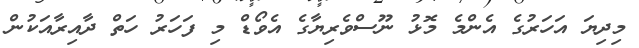
މިދިޔަ އަހަރުގެ އެންމެ މޮޅު ނޫސްވެރިޔާގެ އެވޯޑް މި ފަހަރު ހަތް ދާއިރާއަކުން